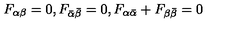
F _ { \alpha \beta } = 0 , F _ { \bar { \alpha } \bar { \beta } } = 0 , F _ { \alpha \bar { \alpha } } + F _ { \beta \bar { \beta } } = 0